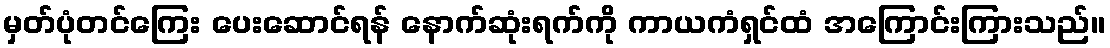
မှတ်ပုံတင်ကြေး ပေးဆောင်ရန် နောက်ဆုံးရက်ကို ကာယကံရှင်ထံ အကြောင်းကြားသည်။